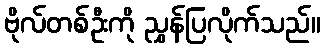
ဗိုလ်တစ်ဦးကို ညွှန်ပြလိုက်သည်။